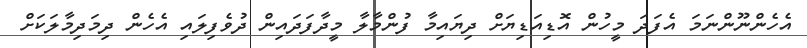
އެހެންނޫންނަމަ އެފަދަ މީހުން އޮޑިއަޑިޔަށް ދިޔައިމާ ފުންމާލާ މީދާފަދައިން ދުވެފިލައި އެހެން ދިމަދިމާލަކަށް